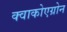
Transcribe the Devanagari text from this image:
क्वाकोएग्रोन